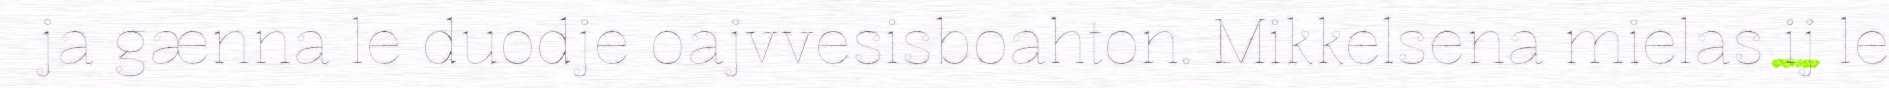
ja gænna le duodje oajvvesisboahton. Mikkelsena mielas ij le